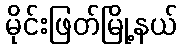
မိုင်းဖြတ်မြို့နယ်